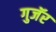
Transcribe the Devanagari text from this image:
गुजॅर